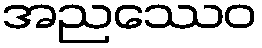
အညဿေဝ